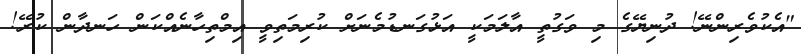
"އެކުވެރިންނޭ! ދުނިޔޭގެ މި ވަގުތީ އާލަމަކީ އަޅުގަނޑުމެނަށް ކުރިމަތިވީ އިމްތިހާނެއްކަން ހަނދާން ކުރޭ!